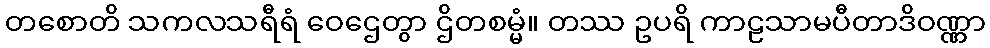
တစောတိ သကလသရီရံ ဝေဌေတွာ ဌိတစမ္မံ။ တဿ ဥပရိ ကာဠသာမပီတာဒိဝဏ္ဏာ